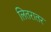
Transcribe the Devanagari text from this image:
लितरातर